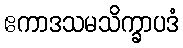
ဧကာဒသမသိက္ခာပဒံ